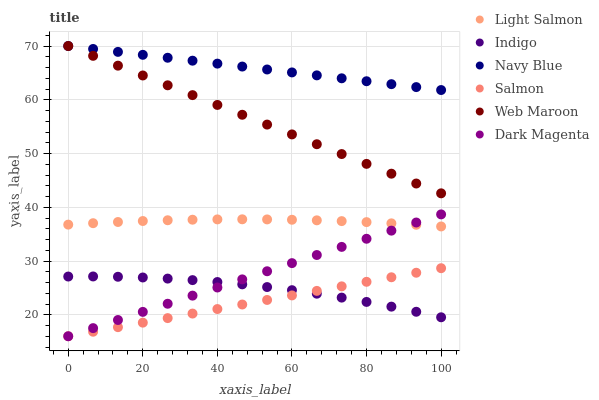
| xaxis_label | Light Salmon | Indigo | Navy Blue | Salmon | Web Maroon | Dark Magenta |
 | --- | --- | --- | --- | --- | --- | --- |
 | 0 | 36.8 | 27.1 | 70 | 16 | 70 | 16 |
 | 6.67 | 37 | 27.1 | 69.5 | 16.8 | 68.2 | 17.5 |
 | 13.3 | 37.3 | 27.1 | 68.9 | 17.7 | 66.3 | 19 |
 | 20 | 37.4 | 26.9 | 68.4 | 18.5 | 64.5 | 20.5 |
 | 26.7 | 37.6 | 26.7 | 67.8 | 19.4 | 62.7 | 22 |
 | 33.3 | 37.7 | 26.4 | 67.3 | 20.2 | 60.9 | 23.6 |
 | 40 | 37.7 | 26.1 | 66.7 | 21.1 | 59 | 25.1 |
 | 46.7 | 37.8 | 25.7 | 66.2 | 21.9 | 57.2 | 26.6 |
 | 53.3 | 37.7 | 25.2 | 65.6 | 22.8 | 55.4 | 28.1 |
 | 60 | 37.7 | 24.6 | 65.1 | 23.6 | 53.6 | 29.6 |
 | 66.7 | 37.6 | 23.9 | 64.5 | 24.4 | 51.7 | 31.1 |
 | 73.3 | 37.4 | 23.2 | 64 | 25.3 | 49.9 | 32.6 |
 | 80 | 37.2 | 22.4 | 63.4 | 26.1 | 48.1 | 34.1 |
 | 86.7 | 37 | 21.5 | 62.9 | 27 | 46.2 | 35.7 |
 | 93.3 | 36.7 | 20.6 | 62.4 | 27.8 | 44.4 | 37.2 |
 | 100 | 36.4 | 19.5 | 61.8 | 28.7 | 42.6 | 38.7 |